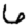
Digit: 6